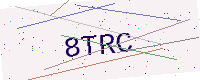
Text: 8TRC